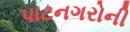
પાટનગરોની